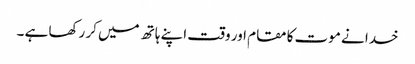
خدا نے موت کا مقام اور وقت اپنے ہاتھ میں کر رکھا ہے ۔